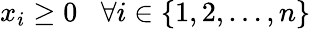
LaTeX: x_{i}\geq 0\; \; \; \forall i\in\{ 1,2,\ldots,n\}